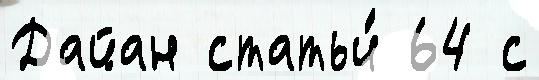
Дайан статьи́ 64 с